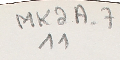
MK2A-7 11